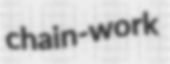
chain-work